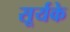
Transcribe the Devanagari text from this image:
सूर्यके